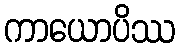
ကာယောပိဿ